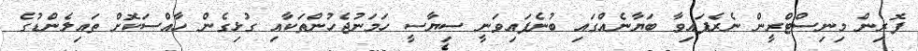
ފޮރިން މިނިސްޓްރީން ނެރެފައިވާ ބަޔާނެއްގައި ބުނެފައިވަނީ ސިޔާސީ ހަމަނުޖެހުންތަކާއި ގުޅިގެން ހާއްސަކޮށް ތައިލެންޑުގެ